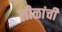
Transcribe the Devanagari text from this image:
लीळांची